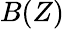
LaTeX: B(Z)